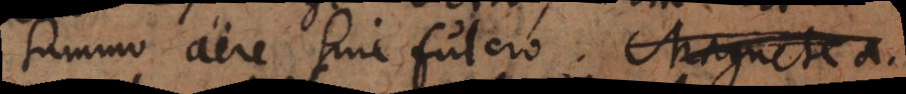
summo aere sine fulcro. Magnete a.